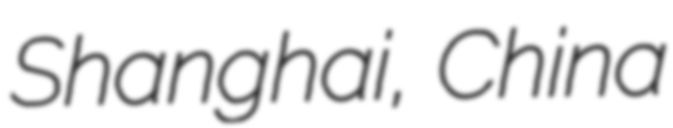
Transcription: Shanghai, China